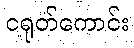
ငရုတ်ကောင်း